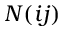
N ( i j )